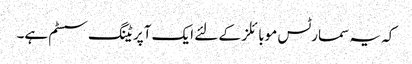
کہ یہ سمارٹس موبائلز کے لئے ایک آپریٹنگ سسٹم ہے۔